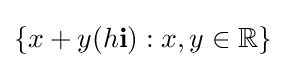
\{x+y(h\mathbf {i} ):x,y\in \mathbb {R} \}